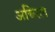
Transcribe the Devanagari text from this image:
अचिरल